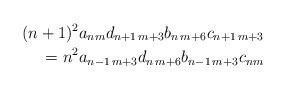
LaTeX: \begin{align*} (n+1)^2a_{nm}d_{n+1\,m+3}b_{n\,m+6}c_{n+1\,m+3}\\ =n^2a_{n-1\,m+3}d_{n\,m+6}b_{n-1\,m+3}c_{nm}\end{align*}